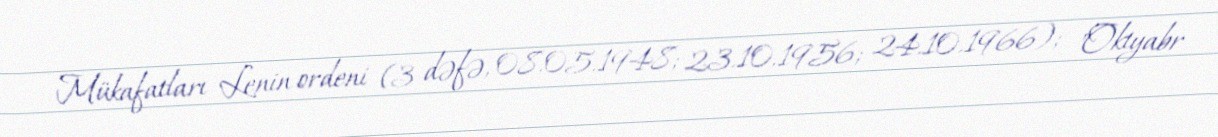
Mükafatları Lenin ordeni (3 dəfə, 08.05.1948; 23.10.1956; 24.10.1966); "Oktyabr